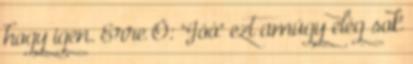
hogy igen. Erre Ő: "Jóó" ezt amúgy elég sok